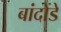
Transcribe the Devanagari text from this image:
बांदोडे